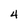
Character: 4